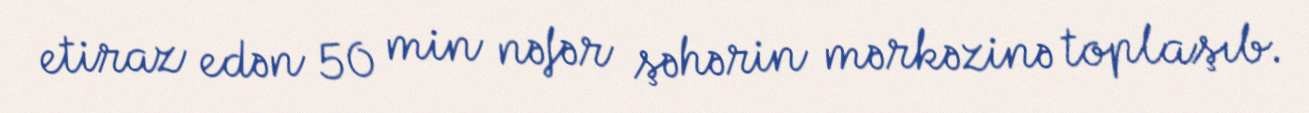
etiraz edən 50 min nəfər şəhərin mərkəzinə toplaşıb.